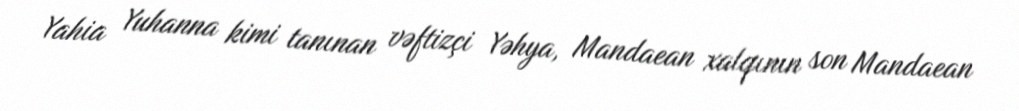
Yahia Yuhanna kimi tanınan vəftizçi Yəhya, Mandaean xalqının son Mandaean